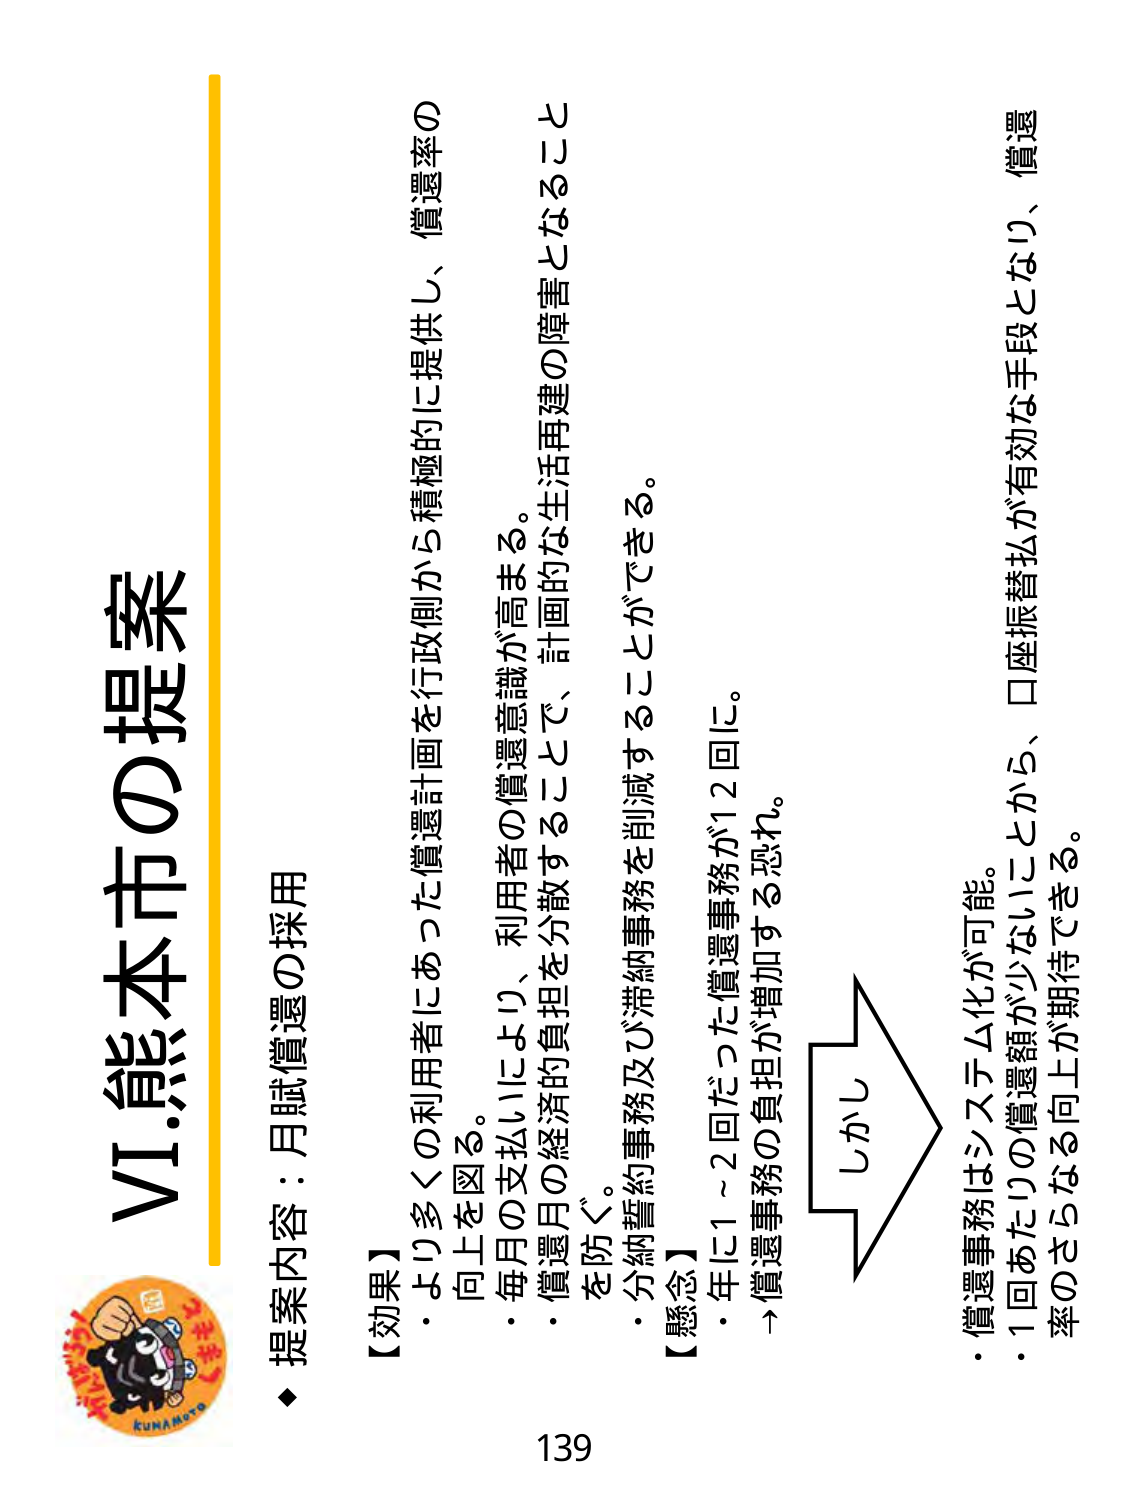
VI.熊本市の提案

◆ 提案内容：月賦償還の採用

【効果】
・より多くの利用者にあった償還計画を行政側から積極的に提供し、償還率の向上を図る。
・毎月の支払いにより、利用者の償還意識が高まる。
・償還月の経済的負担を分散することで、計画的な生活再建の障害となることを防ぐ。
・分納誓約事務及び滞納事務を削減することができる。

【懸念】
・年に1～2回だった償還事務が12回に。
→償還事務の負担が増加する恐れ。

しかし

・償還事務はシステム化が可能。
・1回あたりの償還額が少ないことから、口座振替払が有効な手段となり、償還率のさらなる向上が期待できる。

139

kunamoto